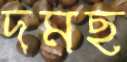
দমছ